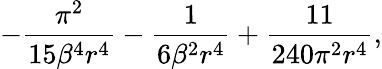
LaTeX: -\frac{\pi^{2}}{15\beta^{4}r^{4}}-\frac{1}{6\beta^{2}r^{4}}+\frac{11}{240\pi^{2}r^{4}},